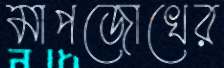
মাপজোখের